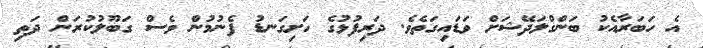
އެ ހަބަރާއެކު ބަންގްލަދޭޝަށް ވަޑައިގަތެވެ. ދަރިފުޅުގެ ހަށިގަނޑު ފެނުމުން ވެސް ގަބޫލުކުރަން ދަތި